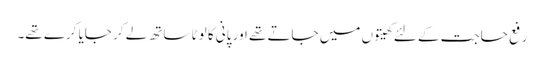
رفع حاجت کے لئے کھیتوں میں جاتے تھے اور پانی کا لوٹا ساتھ لے کر جایا کرے تھے۔